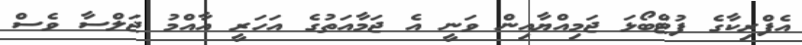
އެފްރިކާގެ ފުޓްބޯޅަ ޖަމިއްޔާއިން ވަނީ އެ ޖަމާއަތުގެ އަހަރީ އާއްމު ޖަލްސާ ވެސް